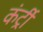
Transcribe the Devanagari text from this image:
कंर्ट्री